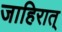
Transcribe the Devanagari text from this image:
जाहिरात्